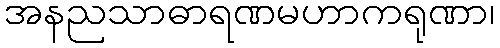
အနညသာဓာရဏမဟာကရုဏာ၊